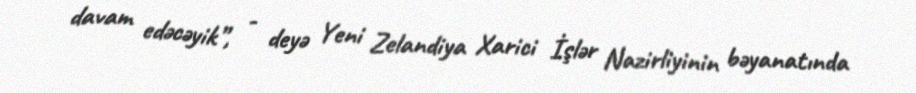
davam edəcəyik”, - deyə Yeni Zelandiya Xarici İşlər Nazirliyinin bəyanatında